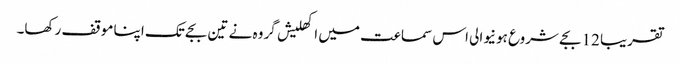
تقریبا 12 بجے شروع ہونیوالی اس سماعت میں اکھلیش گروہ نے تین بجے تک اپنا موقف رکھا۔